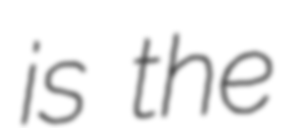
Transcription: is the